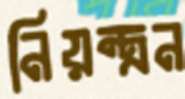
নিয়ন্ত্রন